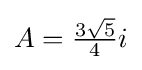
\textstyle A={\tfrac {3{\sqrt {5}}}{4}}i